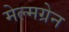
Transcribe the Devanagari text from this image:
मेल्मग्रेन